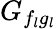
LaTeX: G_{f_{l}g_{l}}